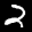
Label: 2